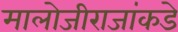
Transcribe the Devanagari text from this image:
मालोजीराजांकडे